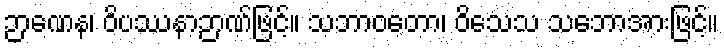
ဉာဏေန၊ ဝိပဿနာဉာဏ်ဖြင့်။ သဘာဝတော၊ ဝိသေသ သဘောအားဖြင့်။